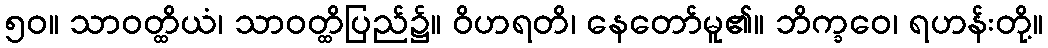
၅၀။ သာဝတ္ထိယံ၊ သာဝတ္ထိပြည်၌။ ဝိဟရတိ၊ နေတော်မူ၏။ ဘိက္ခဝေ၊ ရဟန်းတို့။